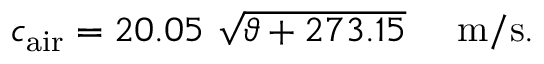
c _ { \mathrm { a i r } } = 2 0 . 0 5 ~ { \sqrt { \vartheta + 2 7 3 . 1 5 } } ~ ~ ~ ~ \mathrm { m / s } .